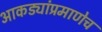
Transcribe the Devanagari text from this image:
आकड्यांप्रमाणेच